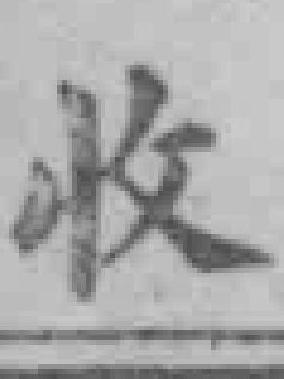
收